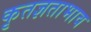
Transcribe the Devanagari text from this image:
कृतज्ञताभाव